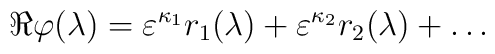
\Re \varphi(\lambda) = \varepsilon^{\kappa_1} r_1(\lambda) +\varepsilon^{\kappa_2} r_2(\lambda) + \ldots